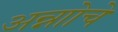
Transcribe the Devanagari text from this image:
अन्नाोचे